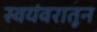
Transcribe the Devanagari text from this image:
स्वयंवरातून